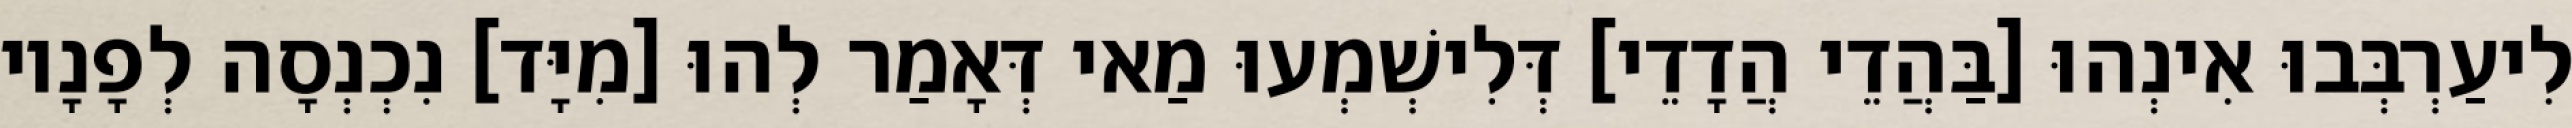
לִיעַרְבְּבוּ אִינְהוּ [בַּהֲדֵי הֲדָדֵי] דְּלִישְׁמְעוּ מַאי דְּאָמַר לְהוּ [מִיָּד] נִכְנְסָה לְפָנָיו